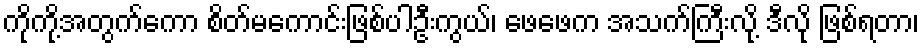
ကိုကို့အတွက်ကော စိတ်မကောင်းဖြစ်ပါဦးကွယ်၊ ဖေဖေက အသက်ကြီးလို့ ဒီလို ဖြစ်ရတာ၊